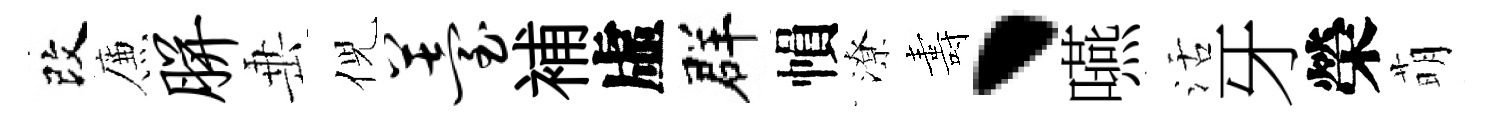
改簾胼𡸁倪薹補虛群𢄙潦夀、嚥活牙榮萌